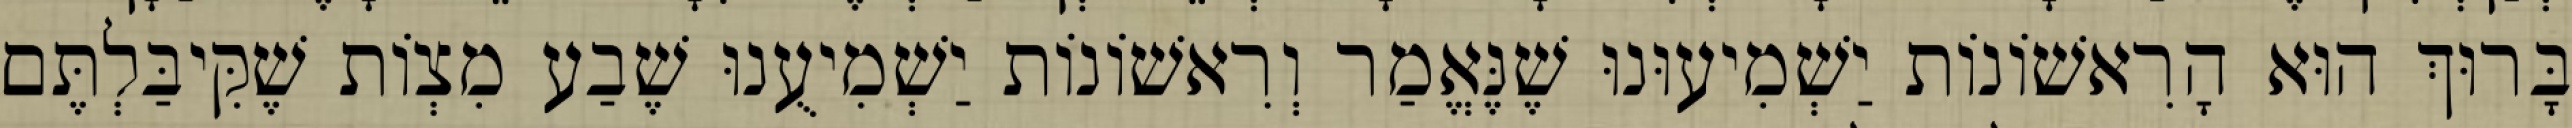
בָּרוּךְ הוּא הָרִאשׁוֹנוֹת יַשְׁמִיעוּנוּ שֶׁנֶּאֱמַר וְרִאשׁוֹנוֹת יַשְׁמִיעֻנוּ שֶׁבַע מִצְוֹת שֶׁקִּיבַּלְתֶּם